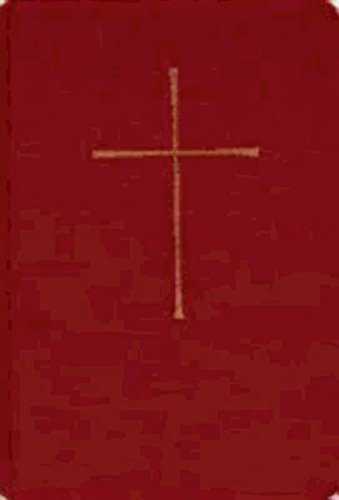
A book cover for Book of Common Prayer Deluxe Personal Edition: Burgundy Bonded Leather; Church Publishing; Christian Books & Bibles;